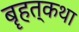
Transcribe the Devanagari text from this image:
बॄहत्कथा